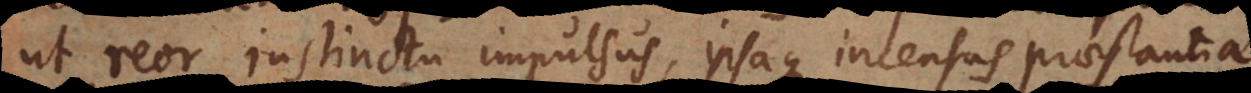
ut reor instinctu impulsus, ipsaque incensus praestantia